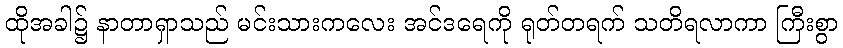
ထိုအခါ၌ နာတာရှာသည် မင်းသားကလေး အင်ဒရေကို ရုတ်တရက် သတိရလာကာ ကြီးစွာ